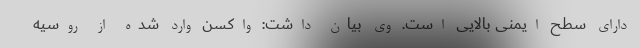
دارای سطح ایمنی بالایی است. وی بیان داشت: واکسن وارد شده از روسیه